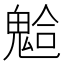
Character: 𩳋